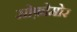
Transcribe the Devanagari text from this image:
सोफ़ोमोर